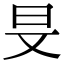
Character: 𣅐